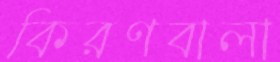
কিরণবালা